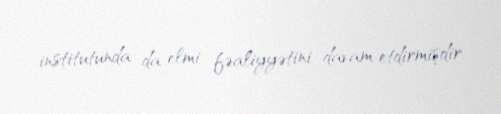
institutunda da elmi fəaliyyətini davam etdirmişdir.